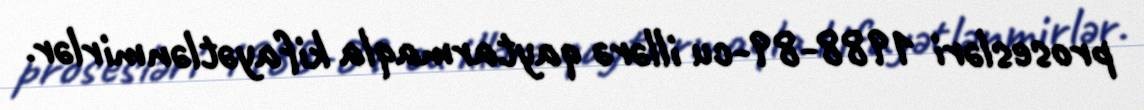
prosesləri 1988-89-cu illərə qaytarmaqla kifayətlənmirlər.